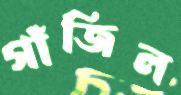
গাঁজিল